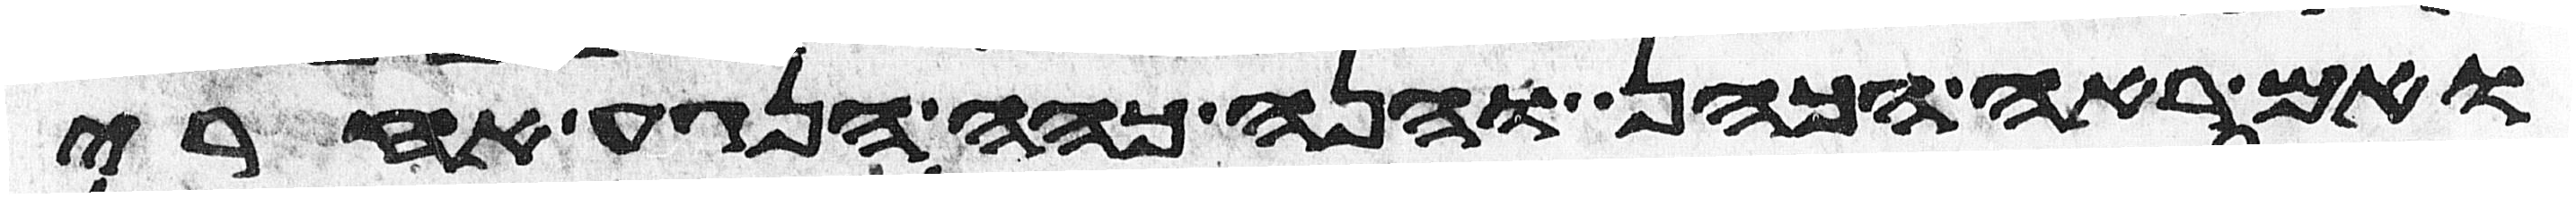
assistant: ואם ראה הכהן והנה כהה הנגע אחרי